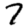
Digit: 7